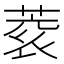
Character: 𮐀